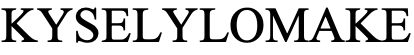
KYSELYLOMAKE